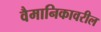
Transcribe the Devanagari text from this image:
वैमानिकावरील